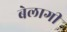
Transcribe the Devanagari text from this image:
बेलागी